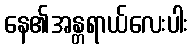
နေ၏အန္တရာယ်လေးပါး